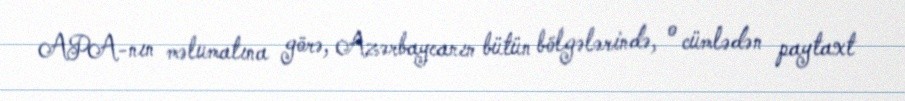
APA-nın məlumatına görə, Azərbaycanın bütün bölgələrində, o cümlədən paytaxt